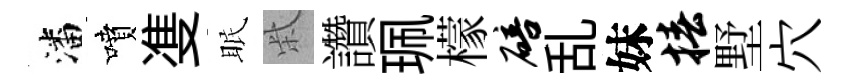
潘噴㕠眠柴讚珮檬碚乱妹椿墅穴